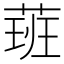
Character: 𦶾